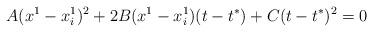
LaTeX: \begin{align*}A(x^1-x_i^1)^2+2B(x^1-x_i^1)(t-t^{*})+C(t-t^{*})^2=0\end{align*}